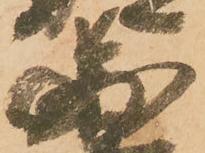
圖